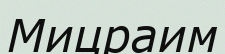
Мицраим